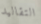
التقاليد